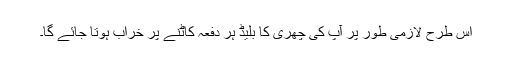
اس طرح لازمی طور پر آپ کی چھری کا بلیڈ ہر دفعہ کاٹنے پر خراب ہوتا جائے گا۔